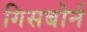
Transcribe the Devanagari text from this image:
गिसबोर्न